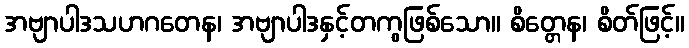
အဗျာပါဒသဟဂတေန၊ အဗျာပါဒနှင့်တကွဖြစ်သော။ စိတ္တေန၊ စိတ်ဖြင့်။